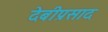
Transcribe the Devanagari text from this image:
देबीप्रसाद